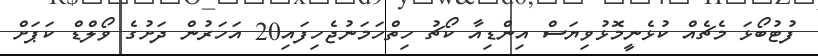
ފުޓުބޯޅަ މެޗެއް ކުޅެނީމޮޅުވިޔަސް އިންޑިއާ ކޯޗު ހިތްހަމަނުޖެހިފައި20 އަހަރުން ދަށުގެ ވޯލްޑް ކަޕަށް